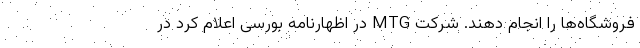
فروشگاه‌ها را انجام دهند. شرکت MTG در اظهارنامه بورسی اعلام کرد در